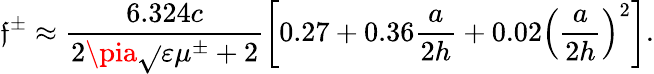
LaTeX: \mathfrak{f}^{\pm}\approx\frac{{6.324c}}{{2\pia\sqrt{}{{\varepsilon\mu^{\pm}+2}}}}\biggl[0.27+0.36\frac{{a}}{{2h}}+0.02\left(\frac{{a}}{{2h}}\right)^{2}\biggr].